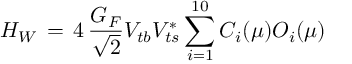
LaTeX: H _ { W } \, = \, 4 \, { \frac { G _ { F } } { \sqrt { 2 } } } V _ { t b } V _ { t s } ^ { * } \sum _ { i = 1 } ^ { 1 0 } C _ { i } ( \mu ) O _ { i } ( \mu )